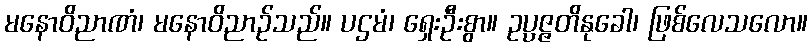
မနောဝိညာဏံ၊ မနောဝိညာဉ်သည်။ ပဌမံ၊ ရှေးဦးစွာ။ ဥပ္ပဇ္ဇတိနုခေါ၊ ဖြစ်လေသလော။